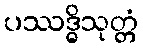
ပဿဒ္ဓိသုတ္တံ